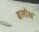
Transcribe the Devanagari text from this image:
बलोक्ष